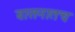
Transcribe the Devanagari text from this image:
बासनातच